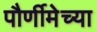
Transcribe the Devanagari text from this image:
पौर्णीमेच्या